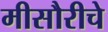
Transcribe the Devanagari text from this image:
मीसौरीचे